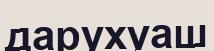
дарухуаш